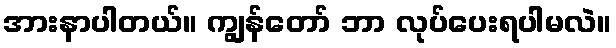
အားနာပါတယ်။ ကျွန်တော် ဘာ လုပ်ပေးရပါမလဲ။